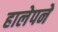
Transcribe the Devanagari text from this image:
हालेपने